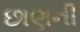
છાણની